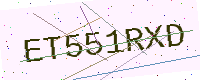
Text: ET551RXD